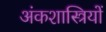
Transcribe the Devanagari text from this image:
अंकशास्त्रियों